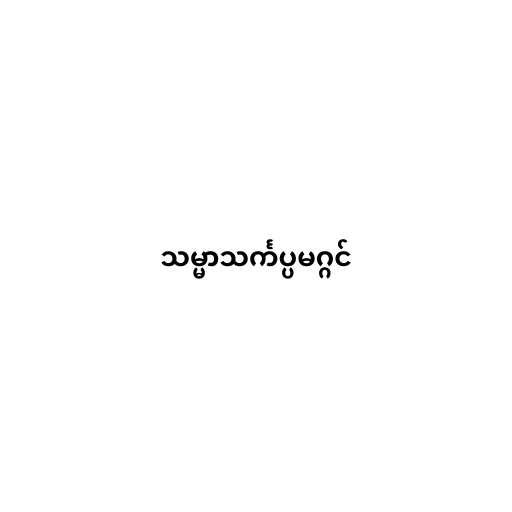
သမ္မာသင်္ကပ္ပမဂ္ဂင်